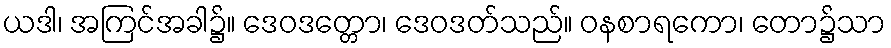
ယဒါ၊ အကြင်အခါ၌။ ဒေဝဒတ္တော၊ ဒေဝဒတ်သည်။ ဝနစာရကော၊ တော၌သာ